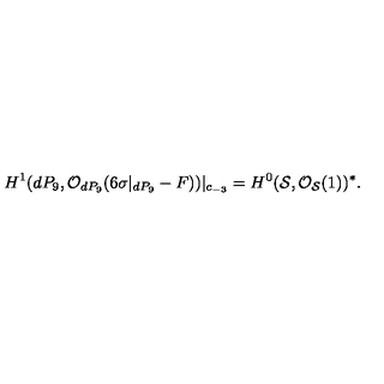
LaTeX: H ^ { 1 } ( d P _ { 9 } , { \cal O } _ { d P _ { 9 } } ( 6 \sigma | _ { d P _ { 9 } } - F ) ) | _ { c _ { - 3 } } = H ^ { 0 } ( { \cal S } , { \cal O } _ { { \cal S } } ( 1 ) ) ^ { * } .